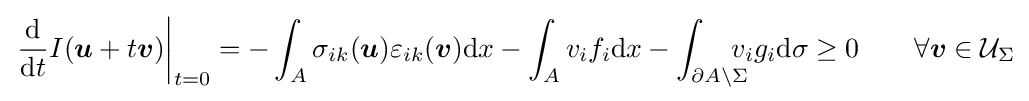
\left.{\frac {\mathrm {d} }{\mathrm {d} t}}I({\boldsymbol {u}}+t{\boldsymbol {v}})\right\vert _{t=0}=-\int _{A}\sigma _{ik}({\boldsymbol {u}})\varepsilon _{ik}({\boldsymbol {v}})\mathrm {d} x-\int _{A}v_{i}f_{i}\mathrm {d} x-\int _{\partial A\setminus \Sigma }\!\!\!\!\!v_{i}g_{i}\mathrm {d} \sigma \geq 0\qquad \forall {\boldsymbol {v}}\in {\mathcal {U}}_{\Sigma }